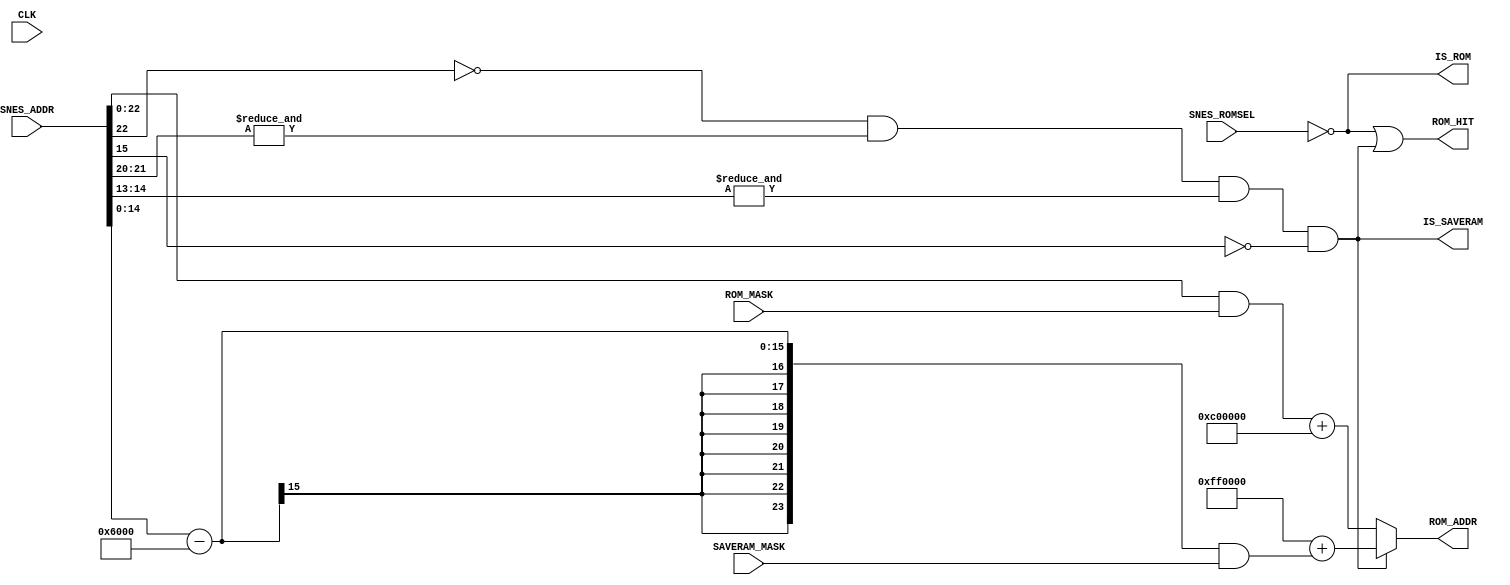
module address_6(
  input CLK,
  input [23:0] SNES_ADDR,   
  input SNES_ROMSEL,        
  output [23:0] ROM_ADDR,   
  output ROM_HIT,           
  output IS_SAVERAM,        
  output IS_ROM,            
  input [23:0] SAVERAM_MASK,
  input [23:0] ROM_MASK
);
wire [23:0] SRAM_SNES_ADDR;
assign IS_ROM = ~SNES_ROMSEL;
assign IS_SAVERAM = (!SNES_ADDR[22]
                     & &SNES_ADDR[21:20]
                     & &SNES_ADDR[14:13]
                     & !SNES_ADDR[15]
                    );
assign SRAM_SNES_ADDR = (IS_SAVERAM
                             ? 24'hFF0000 + ((SNES_ADDR[14:0] - 15'h6000)
                                             & SAVERAM_MASK)
                             : (({1'b0, SNES_ADDR[22:0]} & ROM_MASK)
                                + 24'hC00000)
                        );
assign ROM_ADDR = SRAM_SNES_ADDR;
assign ROM_HIT = IS_ROM | IS_SAVERAM;
endmodule